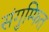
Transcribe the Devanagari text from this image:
संगुम्फित